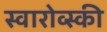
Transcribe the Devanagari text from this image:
स्वारोव्स्की